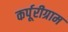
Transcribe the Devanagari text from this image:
कर्पूरीग्राम